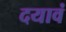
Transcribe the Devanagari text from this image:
दयावं